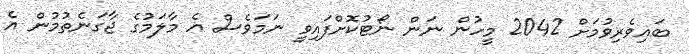
ބައިވެރިވުމަށް 2042 މީހުން ނަން ނޯޓުކޮށްފައިވީ ނަމަވެސް އެ މާލަމުގެ ޖާގަނެތުމުން އެ